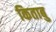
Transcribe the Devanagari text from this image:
किताबु